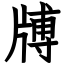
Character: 牔